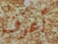
أعرف